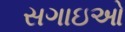
સગાઇઓ